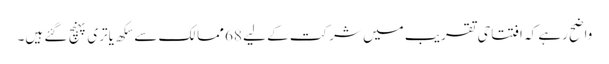
واضح رہے کہ افتتاحی تقریب میں شرکت کے لیے 68 ممالک سے سِکھ یاتری پہنچ گئے ہیں۔